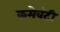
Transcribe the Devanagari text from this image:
कमेवंटी